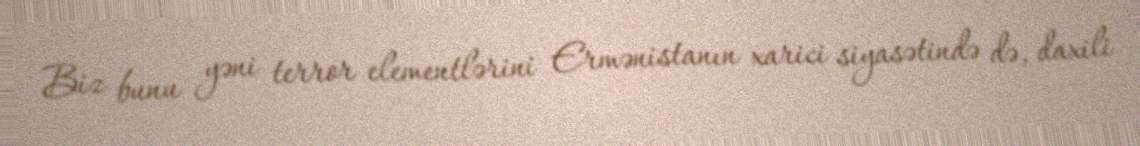
Biz bunu yəni terror elementlərini Ermənistanın xarici siyasətində də, daxili